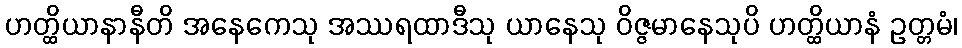
ဟတ္ထိယာနာနီတိ အနေကေသု အဿရထာဒီသု ယာနေသု ဝိဇ္ဇမာနေသုပိ ဟတ္ထိယာနံ ဥတ္တမံ၊